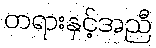
တရားနှင့်အညီ